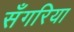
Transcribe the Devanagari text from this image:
सँगरिया